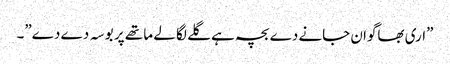
”اری بھاگوان جانے دے بچہ ہے گلے لگا لے ما تھے پر بو سہ دے دے”۔